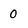
Character: 0